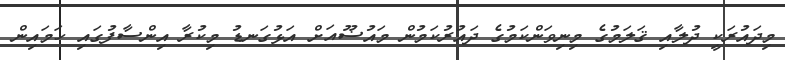
މިދައުރަކީ ދުލާއި ޤަލަމުގެ މިނިވަންކަމުގެ ދައުރުކަމުން މައުޟޫއަށް އަޅުގަނޑު މިކުރާ އިންސާފުގައި ހަމައިން